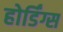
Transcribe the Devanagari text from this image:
होर्डिंग्स